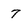
Character: 7